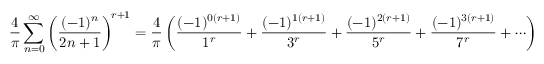
{ \frac { 4 } { \pi } } \sum _ { n = 0 } ^ { \infty } \left( { \frac { ( - 1 ) ^ { n } } { 2 n + 1 } } \right) ^ { \! r + 1 } = { \frac { 4 } { \pi } } \left( { \frac { ( - 1 ) ^ { 0 ( r + 1 ) } } { 1 ^ { r } } } + { \frac { ( - 1 ) ^ { 1 ( r + 1 ) } } { 3 ^ { r } } } + { \frac { ( - 1 ) ^ { 2 ( r + 1 ) } } { 5 ^ { r } } } + { \frac { ( - 1 ) ^ { 3 ( r + 1 ) } } { 7 ^ { r } } } + \cdots \right)